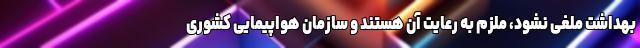
بهداشت ملغی نشود، ملزم به رعایت آن هستند و سازمان هواپیمایی کشوری